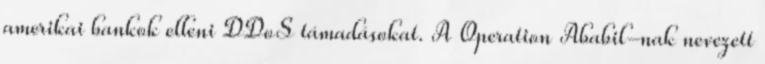
amerikai bankok elleni DDoS támadásokat. A Operation Ababil-nak nevezett